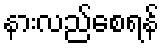
နားလည်စေရန်